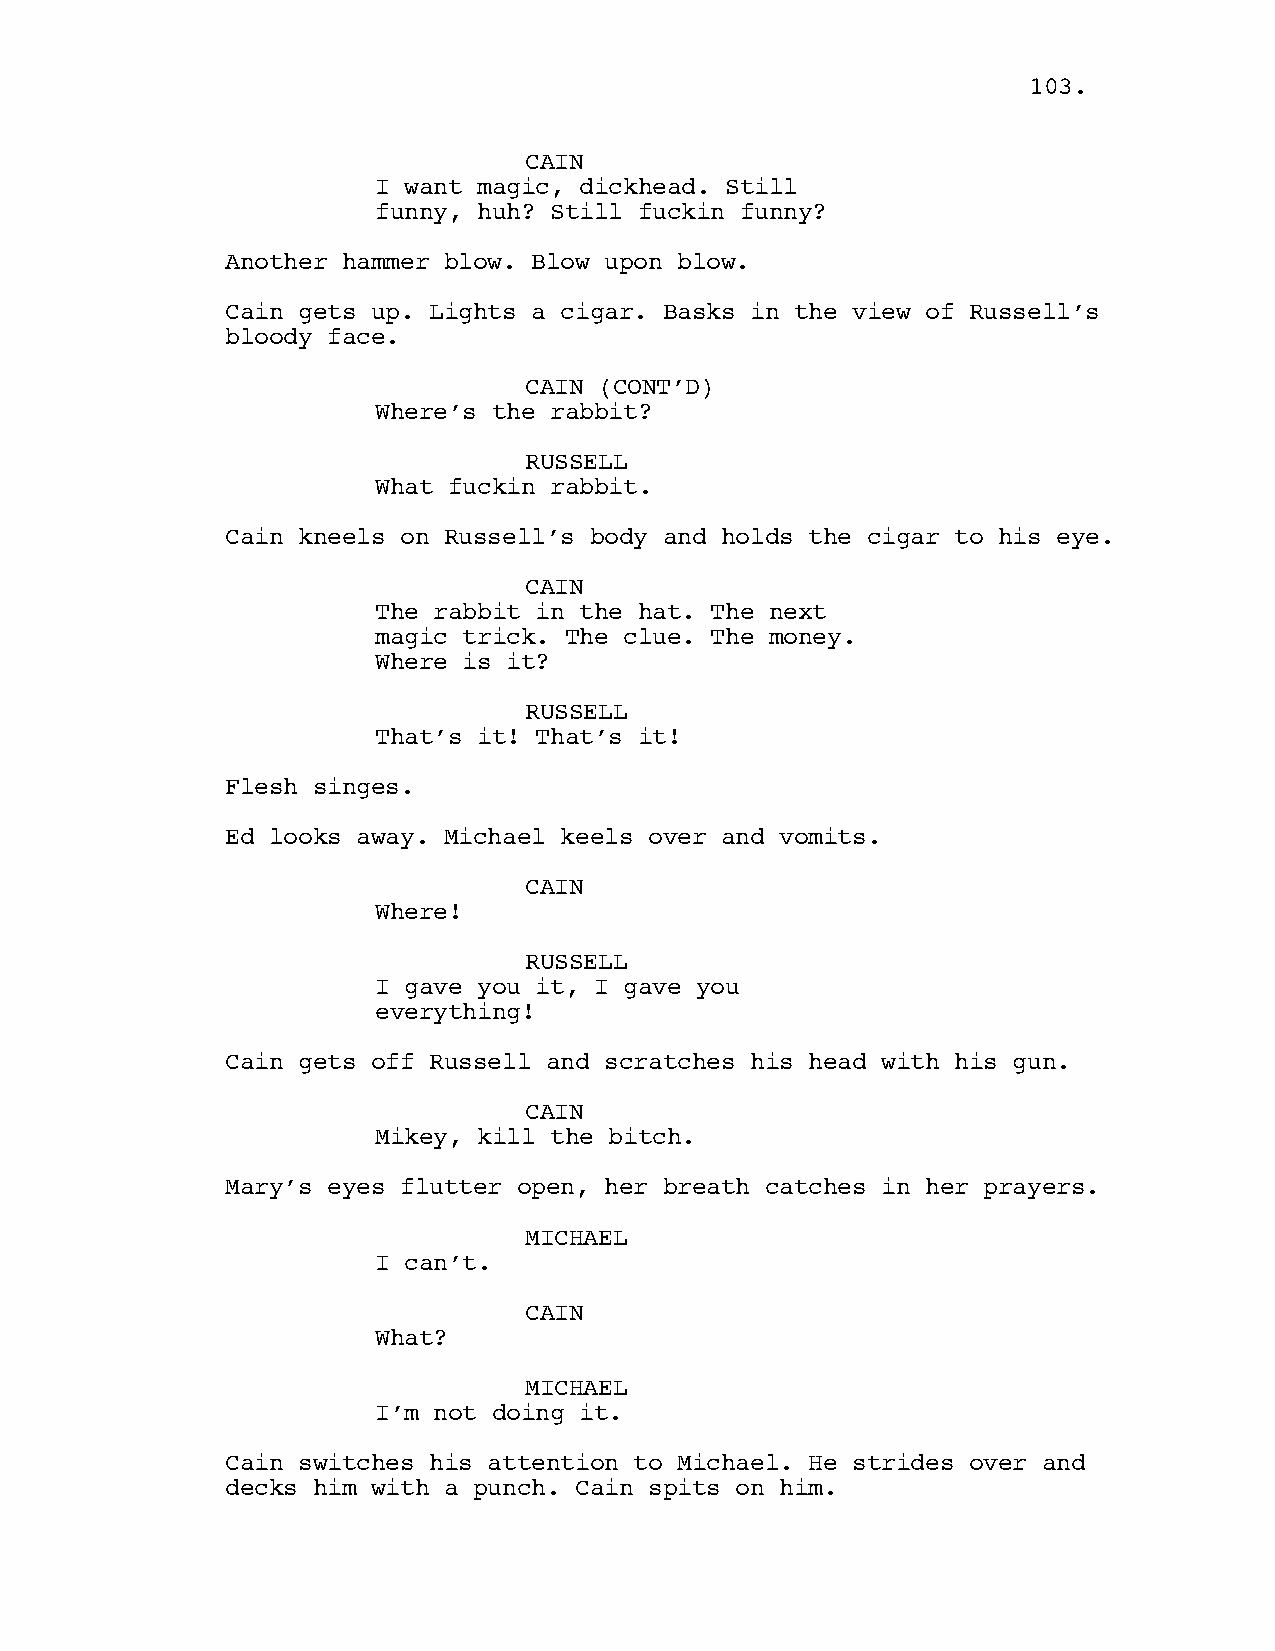
103.
 CAIN
 I want magic, dickhead. Still
 funny, huh? Still fuckin funny?
 Another hammer blow. Blow upon blow.
 Cain gets up. Lights a cigar. Basks in the view of Russell’s
 bloody face.
 CAIN (CONT’D)
 Where’s the rabbit?
 RUSSELL
 What fuckin rabbit.
 Cain kneels on Russell’s body and holds the cigar to his eye.
 CAIN
 The rabbit in the hat. The next
 magic trick. The clue. The money.
 Where is it?
 RUSSELL
 That’s it! That’s it!
 Flesh singes.
 Ed looks away. Michael keels over and vomits.
 CAIN
 Where!
 RUSSELL
 I gave you it, I gave you
 everything!
 Cain gets off Russell and scratches his head with his gun.
 CAIN
 Mikey, kill the bitch.
 Mary’s eyes flutter open, her breath catches in her prayers.
 MICHAEL
 I can’t.
 CAIN
 What?
 MICHAEL
 I’m not doing it.
 Cain switches his attention to Michael. He strides over and
 decks him with a punch. Cain spits on him.